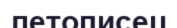
летописец